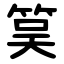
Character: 筽